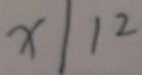
x \vert 1 2